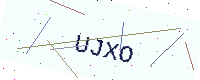
Text: UJXO